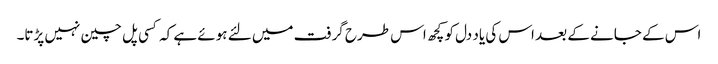
اس کے جانے کے بعد اس کی یاد دل کو کچھ اس طرح گرفت میں لئے ہوئے ہے کہ کسی پل چین نہیں پڑتا۔